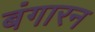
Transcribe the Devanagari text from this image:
बंगारन